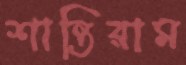
শান্তিরাম